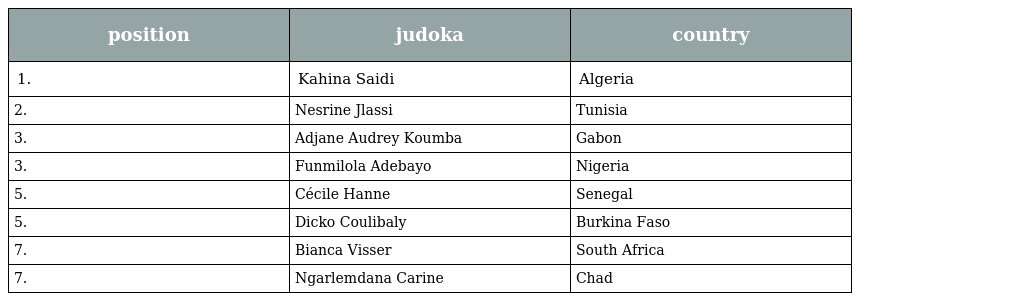
| position | judoka | country |
 | --- | --- | --- |
 | 1. | Kahina Saidi | Algeria |
 | 2. | Nesrine Jlassi | Tunisia |
 | 3. | Adjane Audrey Koumba | Gabon |
 | 3. | Funmilola Adebayo | Nigeria |
 | 5. | Cécile Hanne | Senegal |
 | 5. | Dicko Coulibaly | Burkina Faso |
 | 7. | Bianca Visser | South Africa |
 | 7. | Ngarlemdana Carine | Chad |